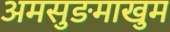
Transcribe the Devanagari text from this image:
अमसुङमाखुम